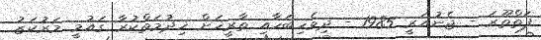
ފަތްތޫރަ - ޖެނުއަރީ 1985 - ދިވެހިބަހާއި ތާރީޚަށް ޚިދުމަތްކުރާ ގައުމީ މަރުކަޒު